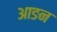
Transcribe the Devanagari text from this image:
आङन